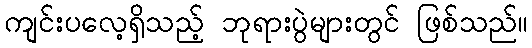
ကျင်းပလေ့ရှိသည့် ဘုရားပွဲများတွင် ဖြစ်သည်။